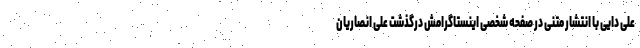
علی دایی با انتشار متنی در صفحه شخصی اینستاگرامش درگذشت علی انصاریان